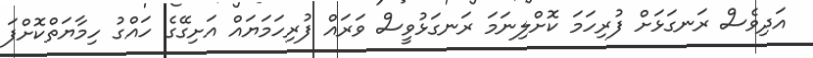
އަދިވެސް ރަނގަޅަށް ފުރިހަމަ ކޮށްލިނަމަ ރަނގަޅުވީސް ވަރައް ފުރިހަމަޔައް އަށިގޭގެ ހައްގު ހިމާޔަތްކޮށްފަ